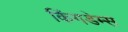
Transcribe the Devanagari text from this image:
किंगडेम्स